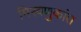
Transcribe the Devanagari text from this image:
मिरवणुकांत